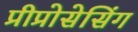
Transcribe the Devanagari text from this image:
प्रीप्रोसेसिंग